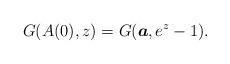
LaTeX: \begin{align*}G(A(0),z)=G(\boldsymbol{a},e^z-1).\end{align*}